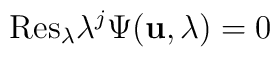
{\rm Res}_\lambda \lambda^j\Psi({\bf u},\lambda)=0